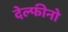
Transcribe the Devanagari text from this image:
देल्फीनो